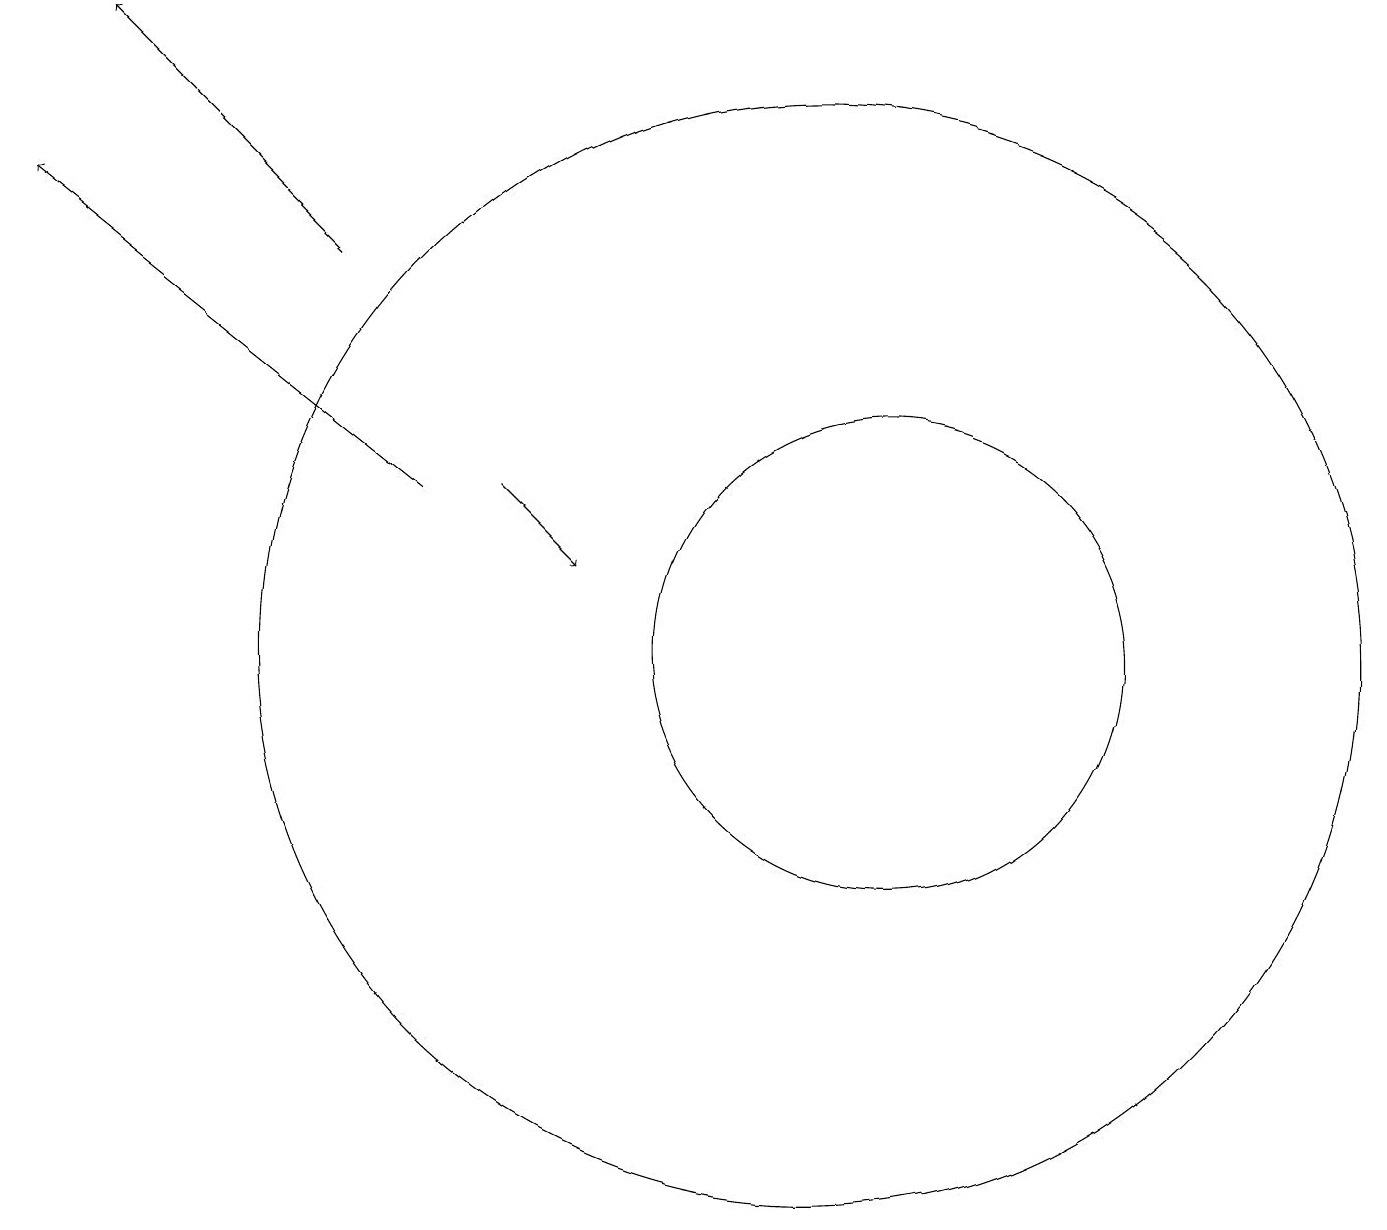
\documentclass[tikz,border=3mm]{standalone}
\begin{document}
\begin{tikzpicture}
\draw[->] (7,12) -- (8,11);
\draw[->] (6,12) -- (1,16);
\draw[->] (5,15) -- (2,18);
\draw (12,10) circle (3);
\draw (11,10) circle (7);
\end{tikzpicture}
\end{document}